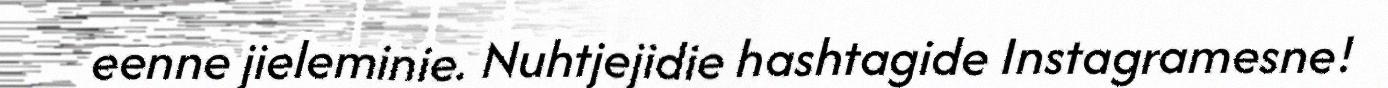
eenne jieleminie. Nuhtjejidie hashtagide Instagramesne!